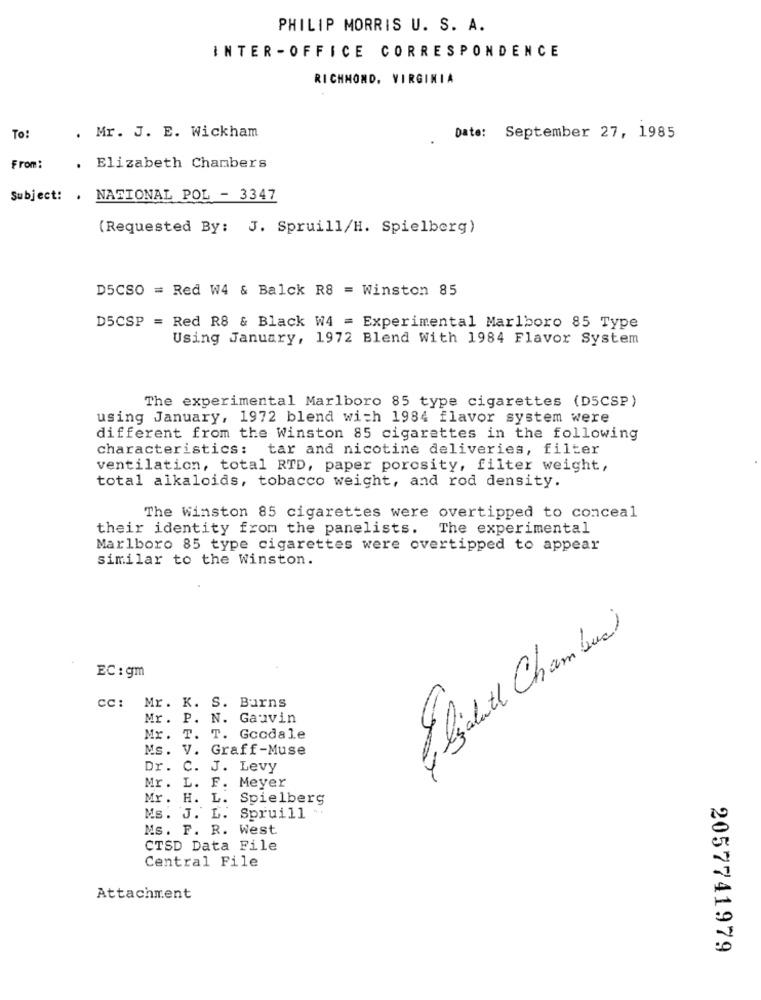
PHILIP MORRIS U. S. A.
INTER -OFFICE CORRESPONDENCE
RICHMOND, VIRGINIA
To:
. Mr. J. E. Wickham
Date: September 27, 1985
From:
. Elizabeth Chambers
Subject: . NATIONAL POL - 3347
(Requested By: J. Spruill/H. Spielberg)
D5CSO = Red W4 & Balck R8 = Winston 85
D5CSP = Red R8 & Black W4 = Experimental Marlboro 85 Type
Using January, 1972 Blend With 1984 Flavor System
The experimental Marlboro 85 type cigarettes (DSCSP)
using January, 1972 blend with 1984 flavor system were
different from the Winston 85 cigarettes in the following
characteristics: tar and nicotine deliveries, filter
ventilation, total RTD, paper porosity, filter weight,
total alkaloids, tobacco weight, and rod density.
The Winston 85 cigarettes were overtipped to conceal
their identity from the panelists. The experimental
Marlboro 85 type cigarettes were overtipped to appear
similar to the Winston.
Elisabete Chamberi
EC: gm
cc :
Mr. K. S. Burns
Mr. P. N. Gauvin
Mr.
T. T. Goodale
Ms. V. Graff-Muse
Dr. C. J. Levy
Mr. L. F. Meyer
Mr.
H. L. Spielberg
Ms. J. L. Spruill
Ms. F. R. West
CTSD Data File
Central File
Attachment
2057741979